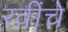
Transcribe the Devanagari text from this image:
रवींचे